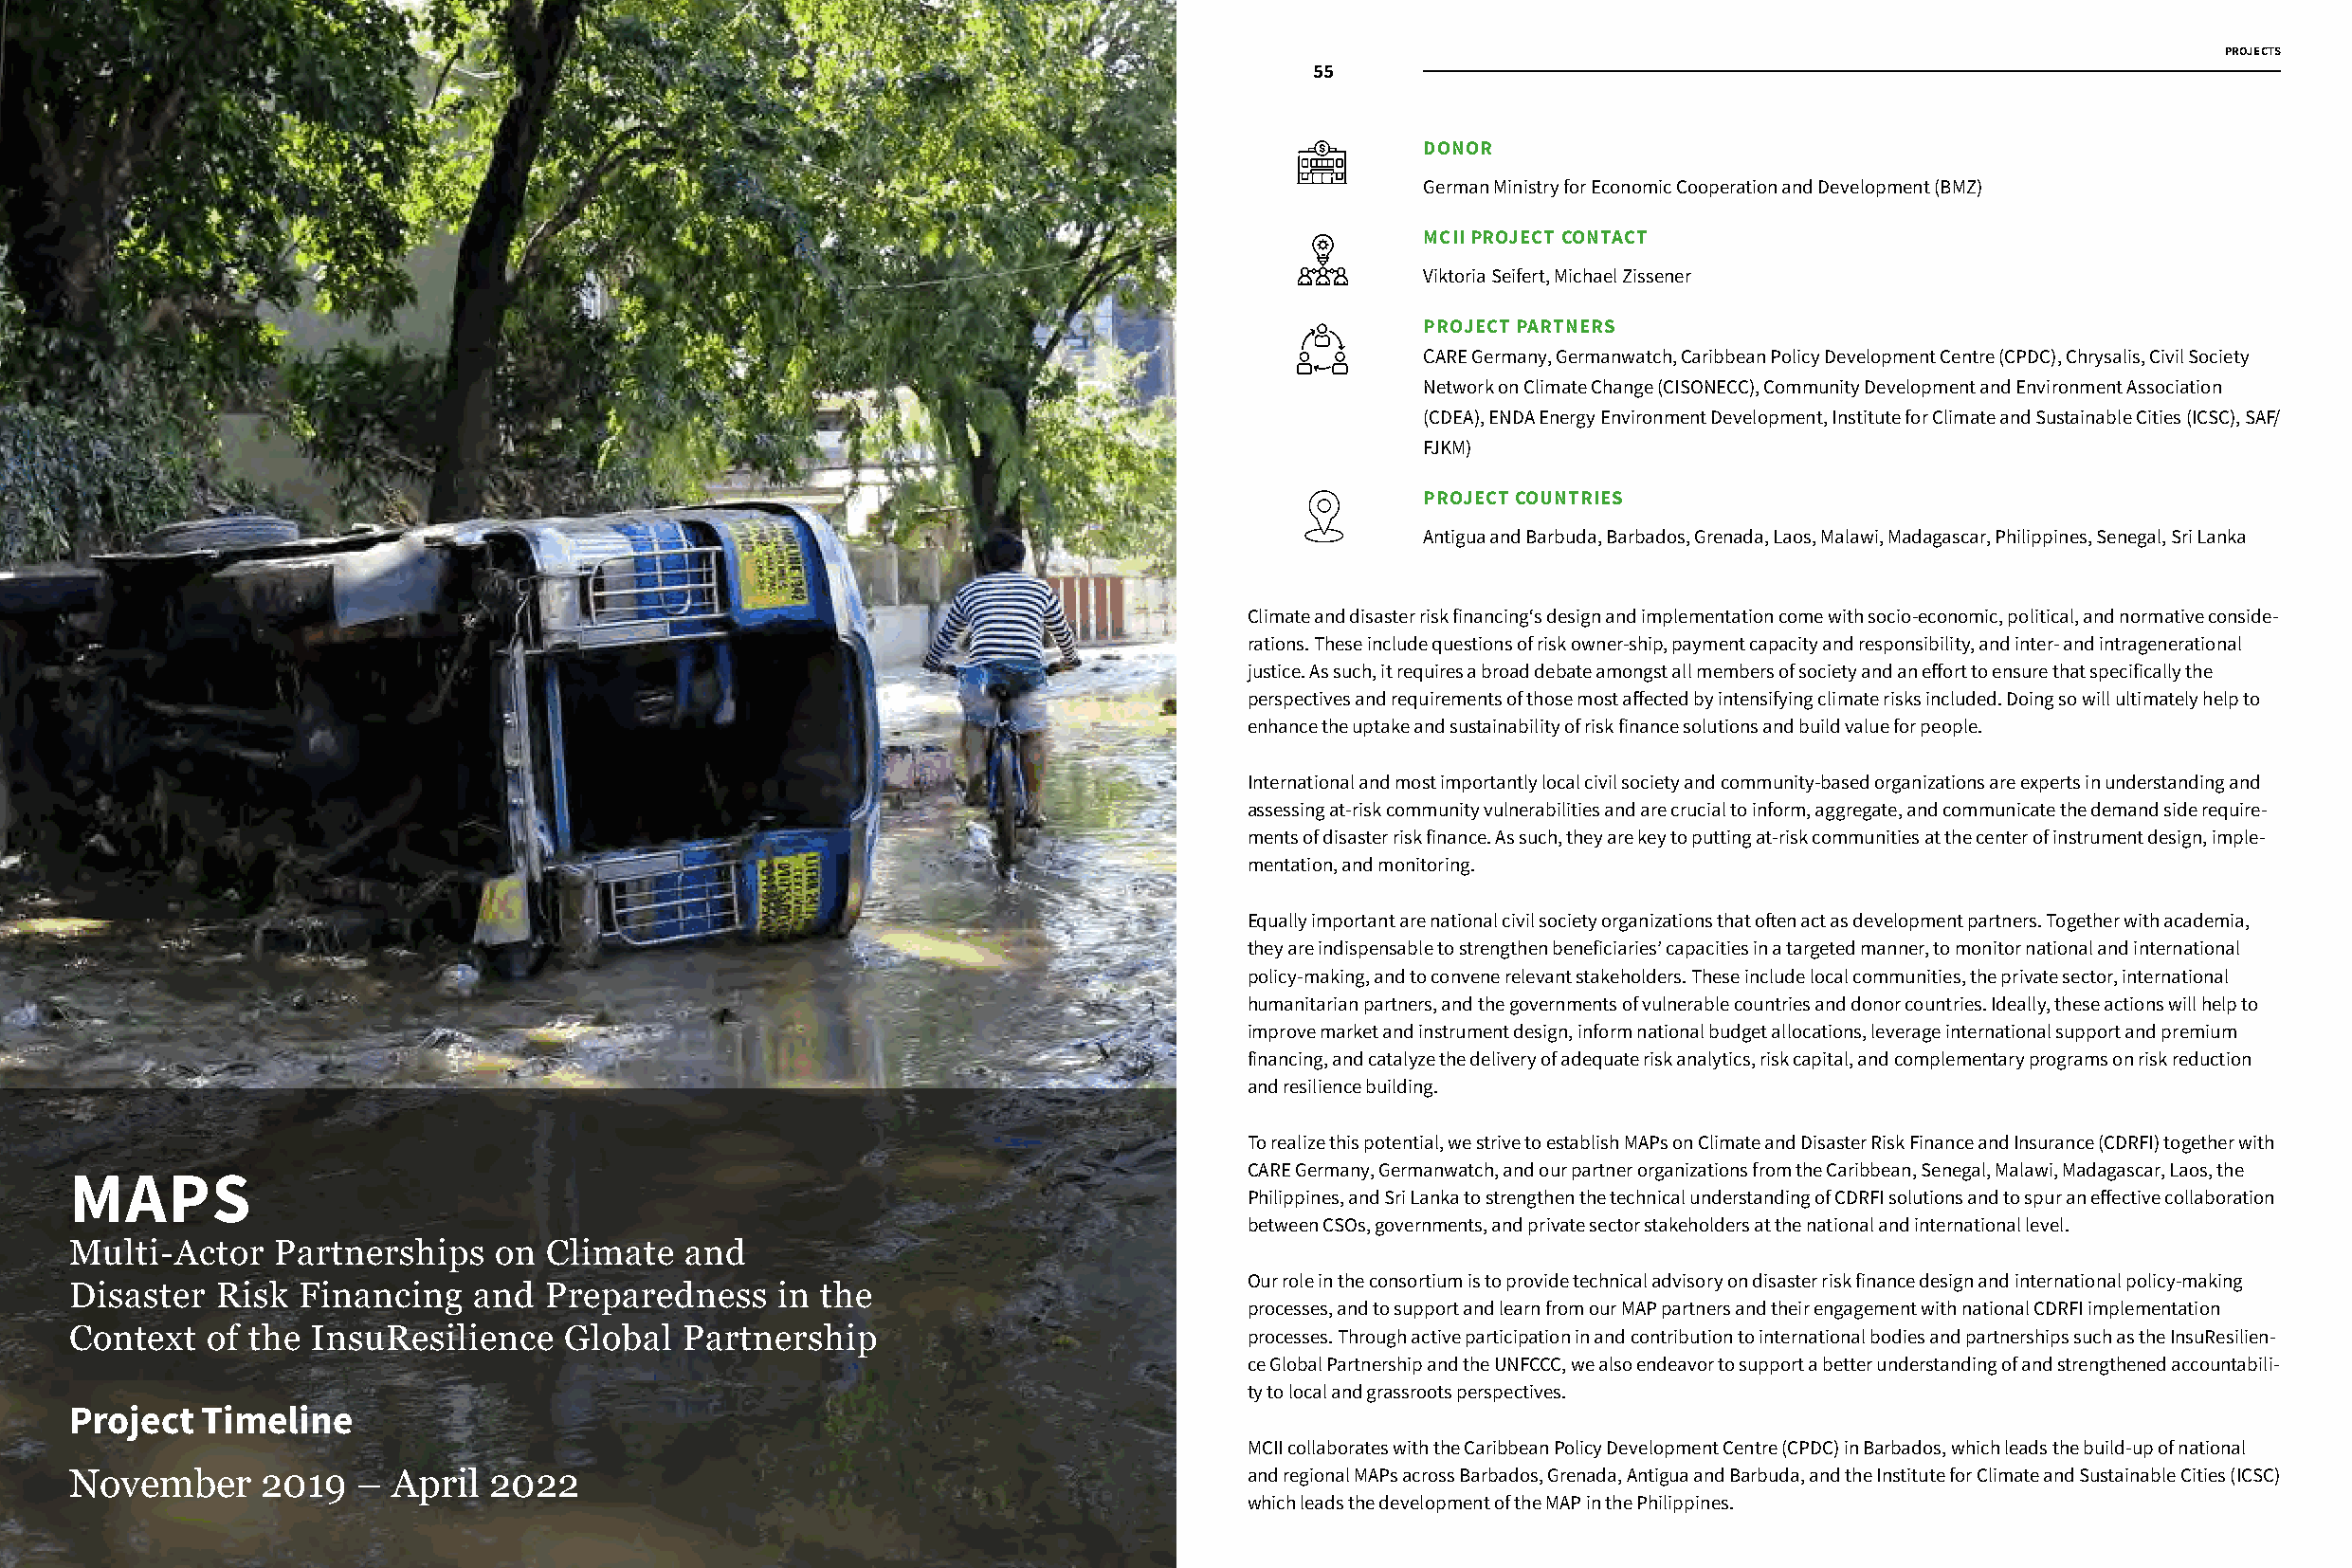
PROJECTS
 54                   55
 DONOR
 German Ministry for Economic Cooperation and Development (BMZ)
 MCII PROJECT CONTACT
 Viktoria Seifert, Michael Zissener
 PROJECT PARTNERS
 CARE Germany, Germanwatch, Caribbean Policy Development Centre (CPDC), Chrysalis, Civil Society
 Network on Climate Change (CISONECC), Community Development and Environment Association
 (CDEA), ENDA Energy Environment Development, Institute for Climate and Sustainable Cities (ICSC), SAF/
 FJKM)
 PROJECT COUNTRIES
 Antigua and Barbuda, Barbados, Grenada, Laos, Malawi, Madagascar, Philippines, Senegal, Sri Lanka
 Climate and disaster risk financing‘s design and implementation come with socio-economic, political, and normative conside-
 rations. These include questions of risk owner-ship, payment capacity and responsibility, and inter- and intragenerational
 justice. As such, it requires a broad debate amongst all members of society and an effort to ensure that specifically the
 perspectives and requirements of those most affected by intensifying climate risks included. Doing so will ultimately help to
 enhance the uptake and sustainability of risk finance solutions and build value for people.
 International and most importantly local civil society and community-based organizations are experts in understanding and
 assessing at-risk community vulnerabilities and are crucial to inform, aggregate, and communicate the demand side require-
 ments of disaster risk finance. As such, they are key to putting at-risk communities at the center of instrument design, imple-
 mentation, and monitoring.
 Equally important are national civil society organizations that often act as development partners. Together with academia,
 they are indispensable to strengthen beneficiaries’ capacities in a targeted manner, to monitor national and international
 policy-making, and to convene relevant stakeholders. These include local communities, the private sector, international
 humanitarian partners, and the governments of vulnerable countries and donor countries. Ideally, these actions will help to
 improve market and instrument design, inform national budget allocations, leverage international support and premium
 financing, and catalyze the delivery of adequate risk analytics, risk capital, and complementary programs on risk reduction
 and resilience building.
 To realize this potential, we strive to establish MAPs on Climate and Disaster Risk Finance and Insurance (CDRFI) together with
 CARE Germany, Germanwatch, and our partner organizations from the Caribbean, Senegal, Malawi, Madagascar, Laos, the
 MAPS
 Philippines, and Sri Lanka to strengthen the technical understanding of CDRFI solutions and to spur an effective collaboration
 between CSOs, governments, and private sector stakeholders at the national and international level.
 Multi-Actor   Partnerships    on Climate   and
 Our role in the consortium is to provide technical advisory on disaster risk finance design and international policy-making
 Disaster  Risk  Financing   and  Preparedness    in the
 processes, and to support and learn from our MAP partners and their engagement with national CDRFI implementation
 Context   of the InsuResilience   Global   Partnership                            processes. Through active participation in and contribution to international bodies and partnerships such as the InsuResilien-
 ce Global Partnership and the UNFCCC, we also endeavor to support a better understanding of and strengthened accountabili-
 ty to local and grassroots perspectives.
 Project  Timeline
 MCII collaborates with the Caribbean Policy Development Centre (CPDC) in Barbados, which leads the build-up of national
 November     2019   – April  2022                                                 and regional MAPs across Barbados, Grenada, Antigua and Barbuda, and the Institute for Climate and Sustainable Cities (ICSC)
 which leads the development of the MAP in the Philippines.